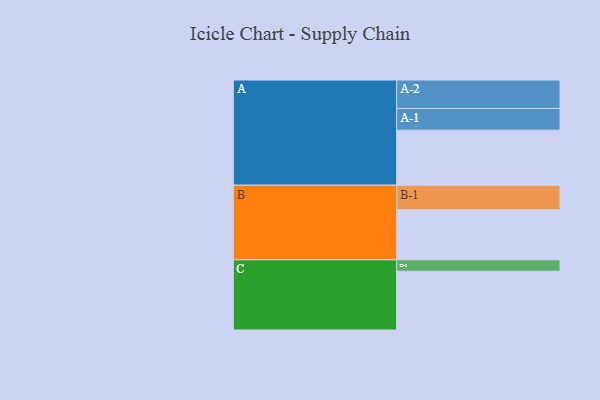
{"axis": {"x": "Segment", "y": "Value"}, "legend": ["", "A", "B", "C"], "data": [{"x": "A", "y": 516, "type": ""}, {"x": "B", "y": 469, "type": ""}, {"x": "C", "y": 551, "type": ""}, {"x": "A-1", "y": 203, "type": "A"}, {"x": "A-2", "y": 267, "type": "A"}, {"x": "B-1", "y": 230, "type": "B"}, {"x": "C-1", "y": 107, "type": "C"}]}